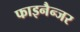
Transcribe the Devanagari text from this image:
फाइनैन्जर